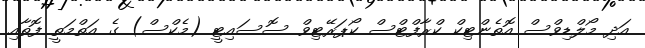
އަދި މޯލްޑިވްސް އޮތެންޓިކް ކްރާފްޓްސް ކޯޕަރޭޓިވް ސޮސައިޓީ (މެކްސް) ގެ އަތްމަތީ ފޮތާއި